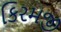
કિરમજી